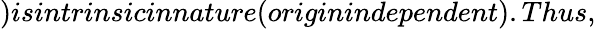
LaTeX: )isintrinsicinnature(originindependent).Thus,